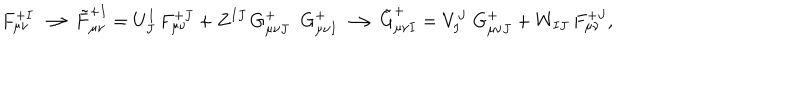
\displaystyle { F _ { \mu \nu } ^ { + I } \longrightarrow \tilde { F } _ { \mu \nu } ^ { + I } = U _ { J } ^ { I } \, F _ { \mu \nu } ^ { + J } + Z ^ { I J } \, G _ { \mu \nu J } ^ { + } \; \; G _ { \mu \nu I } ^ { + } \longrightarrow \tilde { G } _ { \mu \nu I } ^ { + } = V _ { I } ^ { J } \; G _ { \mu \nu J } ^ { + } + W _ { I J } \, F _ { \mu \nu } ^ { + J } } ,